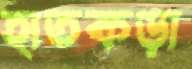
হাতকড়া